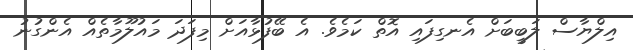
އިލްޔާސް ލަބީބަށް އެނގިފައި އޮތް ކަމެވެ. އެ ބޭފުޅާއަށް މިފަދަ މައުލޫމާތެއް އެންގުނު